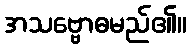
အသဗ္ဗောဓမည်၏။